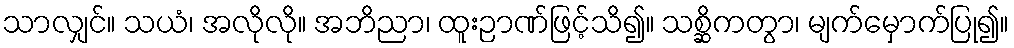
သာလျှင်။ သယံ၊ အလိုလို။ အဘိညာ၊ ထူးဉာဏ်ဖြင့်သိ၍။ သစ္ဆိကတွာ၊ မျက်မှောက်ပြု၍။